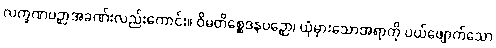
လက္ခဏပဉှာအခဏ်းလည်းကောင်း။ ဝိမတိစ္ဆေဒနပဉှော၊ ယုံမှားသောအရာကို ပယ်ဖျောက်သော